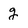
Character: g